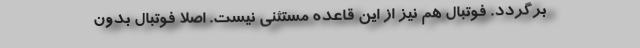
برگردد. فوتبال هم نیز از این قاعده مستثنی نیست. اصلا فوتبال بدون